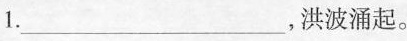
1._________，洪波涌起。